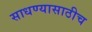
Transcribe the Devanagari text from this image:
साधण्यासाठीच